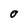
Character: O